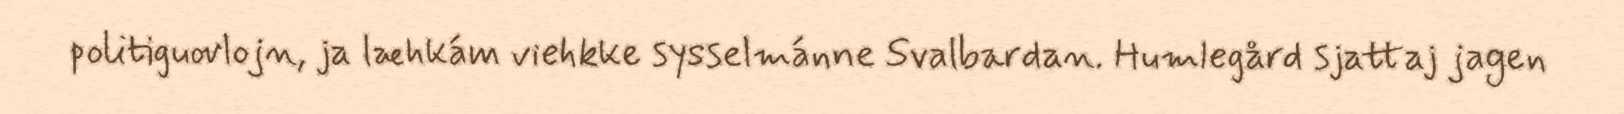
politiguovlojn, ja læhkám viehkke sysselmánne Svalbardan. Humlegård sjattaj jagen